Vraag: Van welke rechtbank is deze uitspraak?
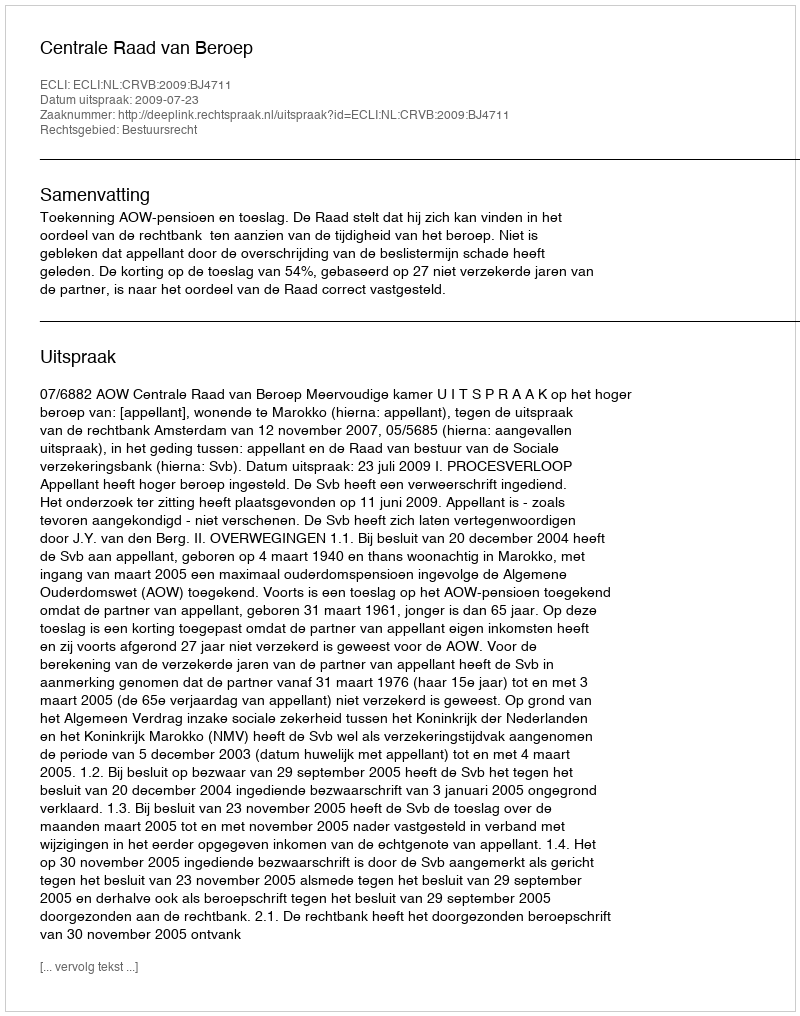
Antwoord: Centrale Raad van Beroep